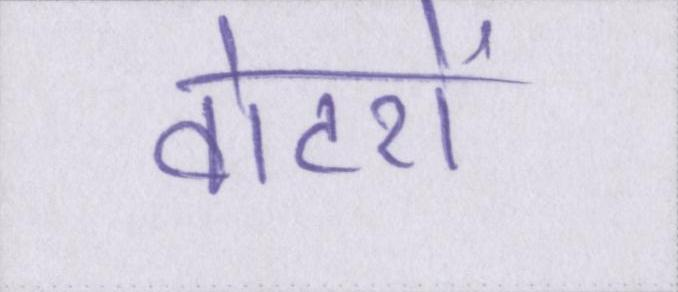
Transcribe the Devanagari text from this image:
वोटरों